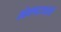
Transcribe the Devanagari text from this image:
खेळपट्ट्यांची